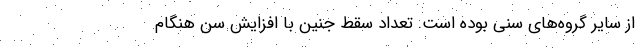
از سایر گروه‌های سنی بوده است. تعداد سقط جنین با افزایش سن هنگام